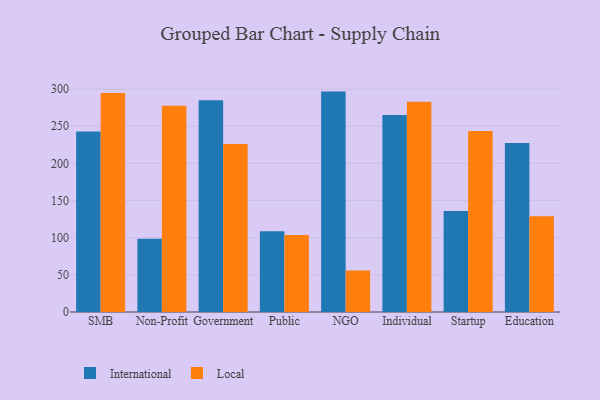
{"axis": {"x": "Segment", "y": "Demand Index"}, "legend": ["International", "Local"], "data": [{"x": "SMB", "y": 243.0, "type": "International"}, {"x": "SMB", "y": 294.6, "type": "Local"}, {"x": "Non-Profit", "y": 98.6, "type": "International"}, {"x": "Non-Profit", "y": 277.7, "type": "Local"}, {"x": "Government", "y": 284.8, "type": "International"}, {"x": "Government", "y": 226.0, "type": "Local"}, {"x": "Public", "y": 108.7, "type": "International"}, {"x": "Public", "y": 103.6, "type": "Local"}, {"x": "NGO", "y": 296.6, "type": "International"}, {"x": "NGO", "y": 55.9, "type": "Local"}, {"x": "Individual", "y": 265.0, "type": "International"}, {"x": "Individual", "y": 283.0, "type": "Local"}, {"x": "Startup", "y": 135.9, "type": "International"}, {"x": "Startup", "y": 243.5, "type": "Local"}, {"x": "Education", "y": 227.5, "type": "International"}, {"x": "Education", "y": 128.7, "type": "Local"}]}